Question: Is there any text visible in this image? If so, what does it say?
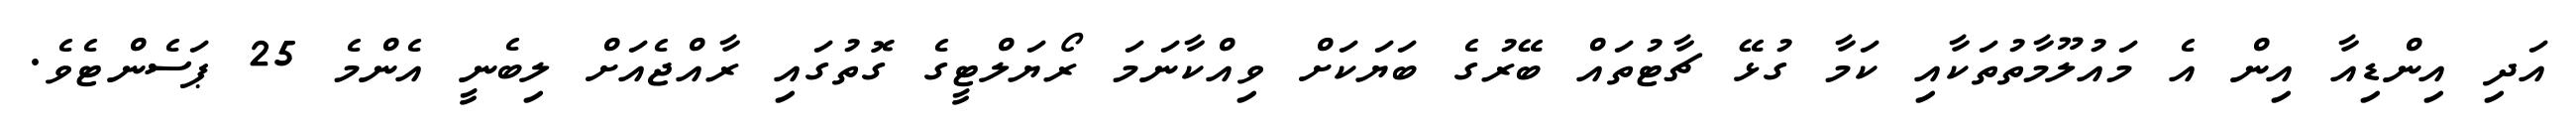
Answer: އަދި އިންޑިއާ އިން އެ މައުލޫމާތުތަކާއި ކަމާ ގުޅޭ ޗާޓުތައް ބޭރުގެ ބަޔަކަށް ވިއްކާނަމަ ރޯޔަލްޓީގެ ގޮތުގައި ރާއްޖެއަށް ލިބެނީ އެންމެ 25 ޕަސެންޓެވެ.